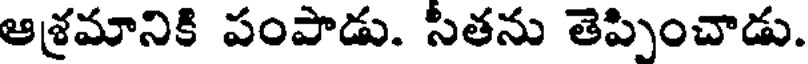
ఆశ్రమానికి పంపాడు. సీతను తెప్పించాడు.